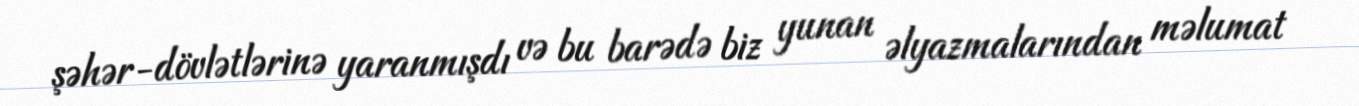
şəhər-dövlətlərinə yaranmışdı və bu barədə biz yunan əlyazmalarından məlumat